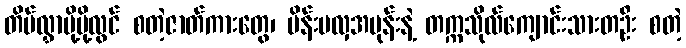
တိမ်လွှာမို့မို့လွင် စတဲ့ဇာတ်ကားတွေ၊ မိန်းမလှအမုန်းနဲ့ တက္ကသိုလ်ကျောင်းသားတဦး စတဲ့